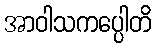
အာဝါသကပ္ပေါတိ